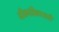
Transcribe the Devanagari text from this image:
जीवनविकासाठी